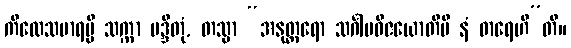
ကိလေသမာရမ္ပိ သက္ကာ မဒ္ဒိတုံ, တသ္မာ “အနုတ္တရော သင်္ဂါမဝိဇယောတိပိ နံ ဓာရေဟီ”တိ။